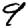
Digit: 9